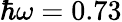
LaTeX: {\hbar}\omega=0.73